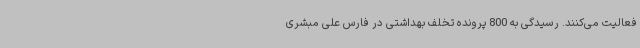
فعالیت می‌کنند. رسیدگی به 800 پرونده تخلف بهداشتی در فارس علی مبشری